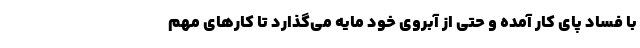
با فساد پای کار آمده و حتی از آبروی خود مایه می‌گذارد تا کارهای مهم